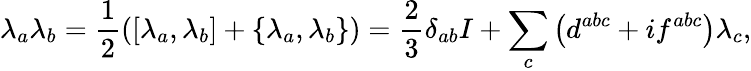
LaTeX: \lambda_{a}\lambda_{b}={\frac{1}{2}}([\lambda_{a},\lambda_{b}]+\{ \lambda_{a},\lambda_{b}\} )={\frac{2}{3}}\delta_{ab}I+\sum_{c}\left(d^{abc}+if^{abc}\right)\lambda_{c},